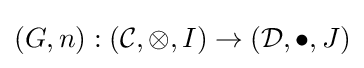
(G,n):({\mathcal {C}},\otimes ,I)\to ({\mathcal {D}},\bullet ,J)